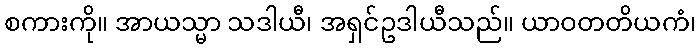
စကားကို။ အာယသ္မာ သဒါယီ၊ အရှင်ဥဒါယီသည်။ ယာဝတတိယကံ၊